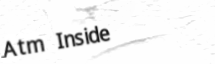
Atm Inside